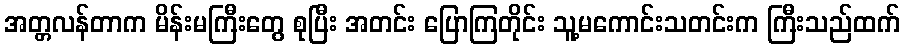
အတ္တလန်တာက မိန်းမကြီးတွေ စုပြီး အတင်း ပြောကြတိုင်း သူ့မကောင်းသတင်းက ကြီးသည်ထက်